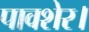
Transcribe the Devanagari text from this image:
पावशेर।